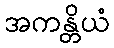
အကန္တိယံ